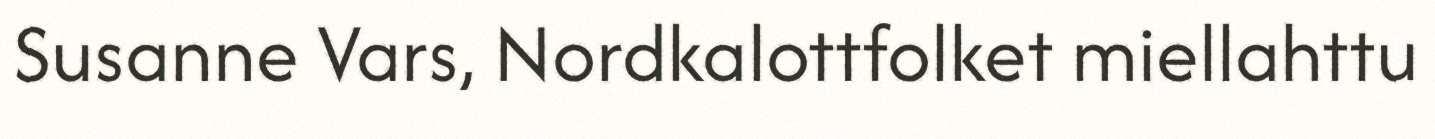
Susanne Vars, Nordkalottfolket miellahttu